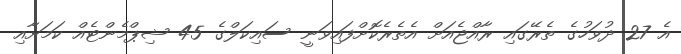
އެ 27 ދުވަހުގެ ތެރޭގައި ރާއްޖެއަށް އެތެރެކޮށްފައިވަނީ ސައިކަލްގެ 45 ޝިޕްމެންޓެއް ކަމަށާއި